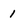
Character: 1